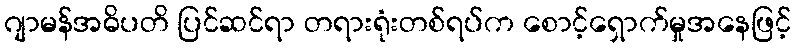
ဂျာမန်အဓိပတိ ပြင်ဆင်ရာ တရားရုံးတစ်ရပ်က စောင့်ရှောက်မှုအနေဖြင့်